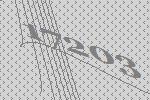
17203